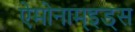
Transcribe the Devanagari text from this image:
ऐमोनाम्‌इड्स